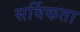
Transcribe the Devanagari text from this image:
सर्विकता